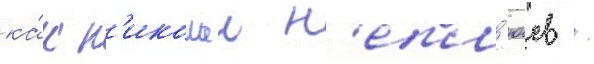
ка́к н'иколаи н'епл'юев /